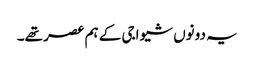
یہ دونوں شیواجی کے ہم عصر تھے۔